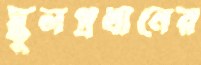
স্কুলপ্রধানের